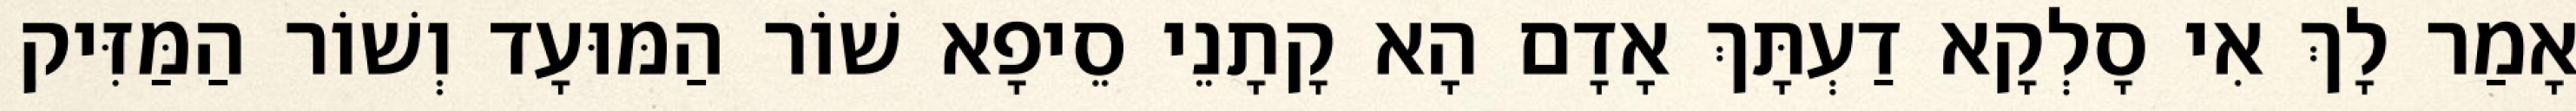
אָמַר לָךְ אִי סָלְקָא דַעְתָּךְ אָדָם הָא קָתָנֵי סֵיפָא שׁוֹר הַמּוּעָד וְשׁוֹר הַמַּזִּיק